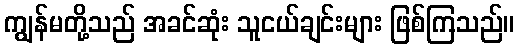
ကျွန်မတို့သည် အခင်ဆုံး သူငယ်ချင်းများ ဖြစ်ကြသည်။